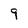
Character: 9